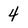
Character: 4